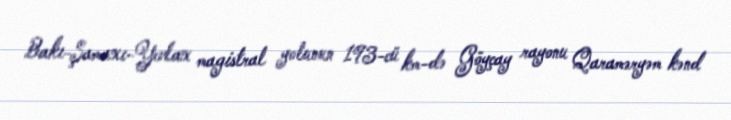
Bakı-Şamaxı-Yevlax magistral yolunun 193-cü km-də Göyçay rayonu Qaraməryəm kənd